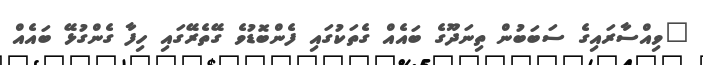
"ވިއްސާރައިގެ ސަބަބުން ތިނަދޫގެ ބައެއް ގެތަކުގައި ފެންބޮޑުވެ ގޭތެރޭގައި ހިފާ ގެންގުޅޭ ބައެއް